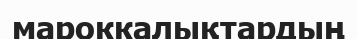
мароккалықтардың